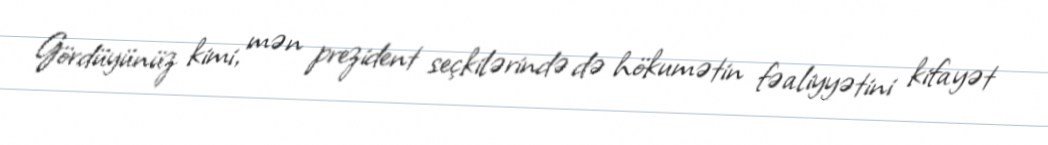
Gördüyünüz kimi, mən prezident seçkilərində də hökumətin fəaliyyətini kifayət